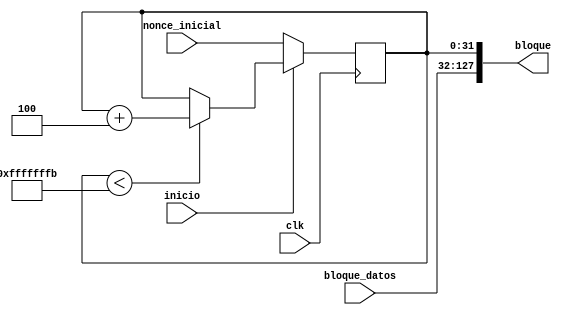
// ----------------------------------------------------------------------------------------------------------//
/*                                  Bloque para optimizar desempeo                                          */  
// ----------------------------------------------------------------------------------------------------------//
module cargar_datos_mod #(
    parameter NUM_BLOQUES_PARALELOS = 4 // 4 bloques por defecto
)(
    input clk,
    input [95:0] bloque_datos, // 96 bits son 12 bytes
    input inicio, // similar a un reset
    input [31:0] nonce_inicial,
    output reg [127:0] bloque// El bloque es de 16 bytes
    ); 

    reg [31:0] nonce; // El nonce es un array con profundidad 4 con palabras de 8 bits

    always @(posedge clk)  begin
        if(~inicio) begin
            nonce <= nonce_inicial;
        end
        else begin
            if(nonce < 'hff_ff_ff_ff - NUM_BLOQUES_PARALELOS)
                nonce <= nonce + NUM_BLOQUES_PARALELOS;
        end
    end

    always @(*) begin
        bloque[0 +: 32] = nonce;
        bloque[32 +: 128] = bloque_datos;
    end
        
        
    
endmodule

// ----------------------------------------------------------------------------------------------------------//

module control_bounty #(
    parameter NUM_BLOQUES_PARALELOS = 4 // 4 bloques por defecto
)(
    input clk,
    input inicio,
    input [24*NUM_BLOQUES_PARALELOS - 1:0] bounty, // Cada bounty tiene 24 bits
    input [NUM_BLOQUES_PARALELOS-1:0] terminado, // Vector de entrada
    output reg [23:0] bounty_out, // salida
    output reg terminado_out);
    
    integer i;

    always @(*) begin
        
        bounty_out = 0;
        terminado_out = 0;
    
        for(i = 0; i < NUM_BLOQUES_PARALELOS; i = i+1) begin
            if(terminado[i] == 1) begin
                terminado_out = 1;
                bounty_out = bounty[i*24 +: 24]; //
            end
        end
        
    end
endmodule

// ----------------------------------------------------------------------------------------------------------//